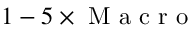
1 - 5 \times \mathrm { ~ M ~ a ~ c ~ r ~ o ~ }